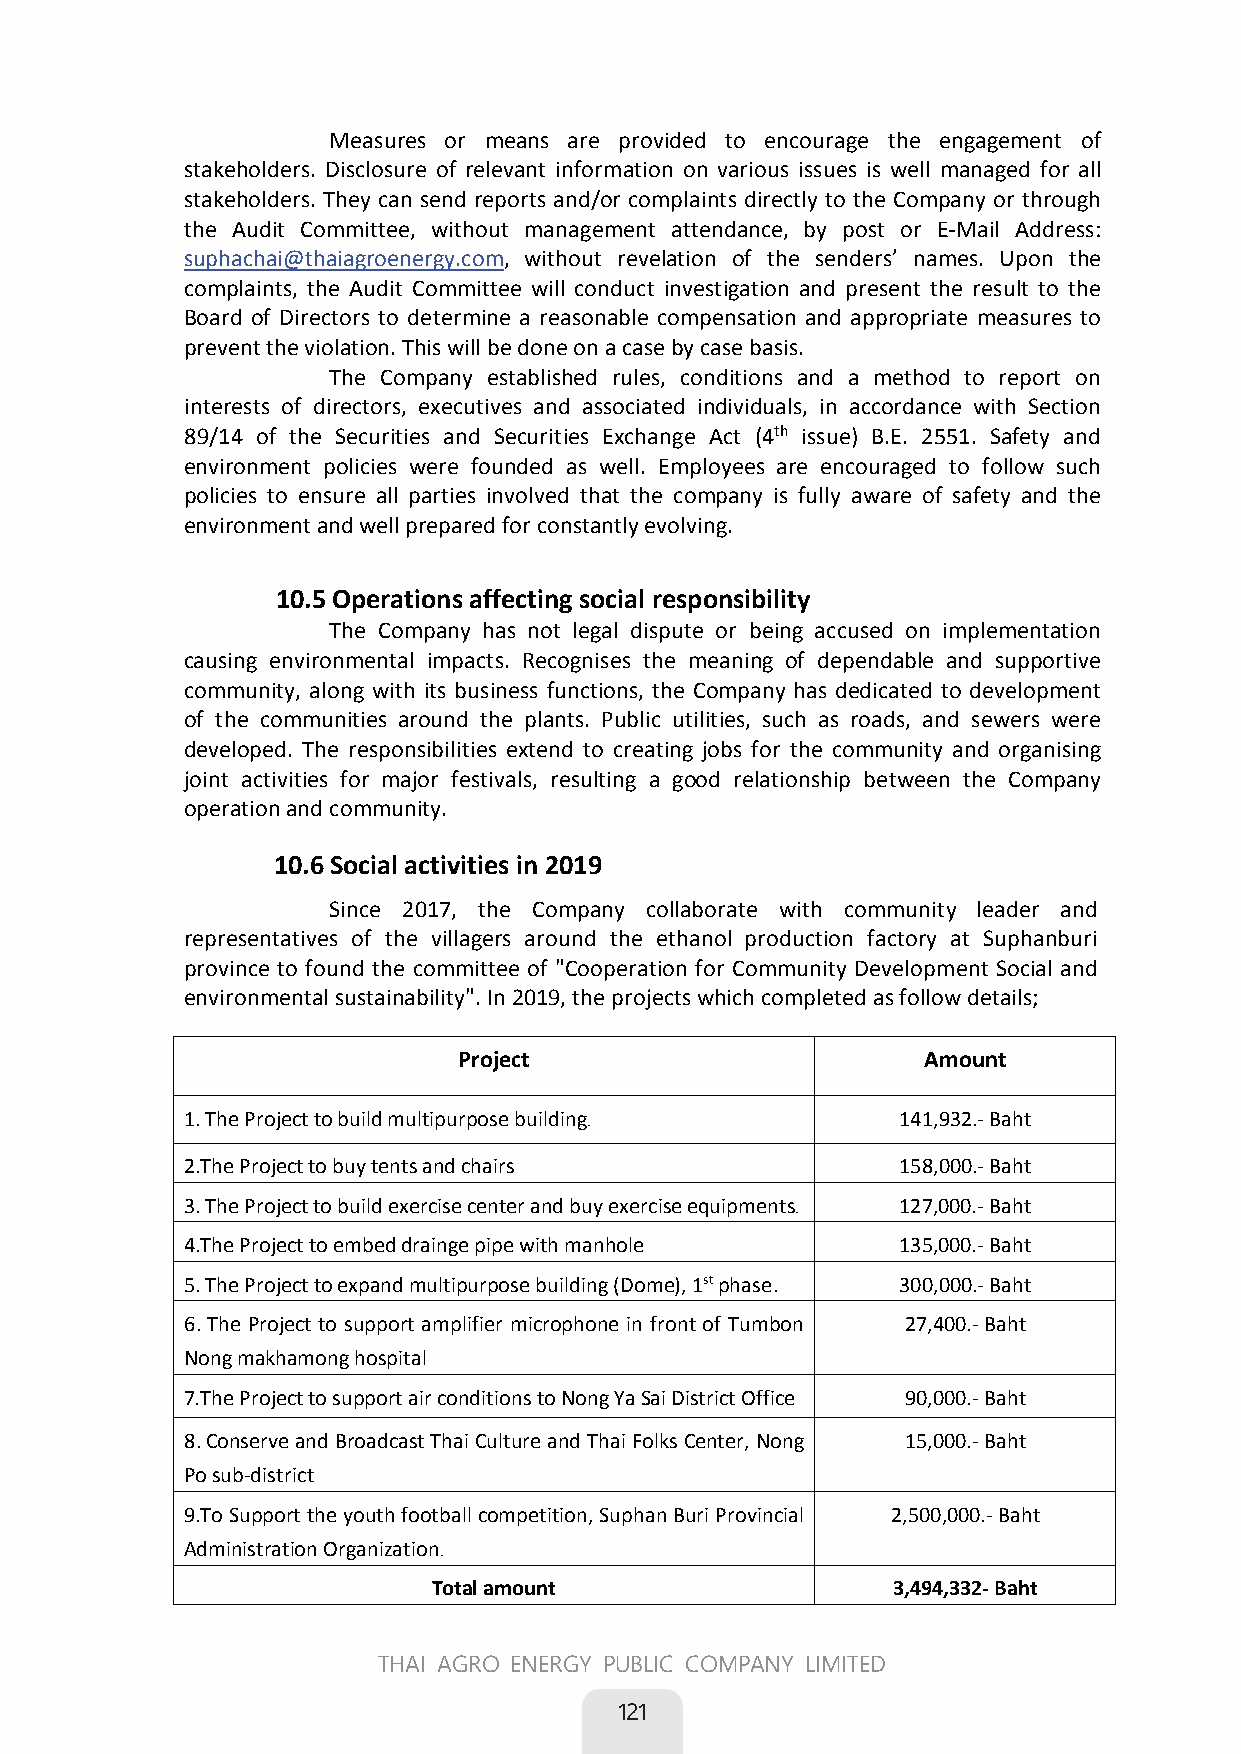
Measures or means are provided to encourage the engagement of
 stakeholders. Disclosure of relevant information on various issues is well managed for all
 stakeholders. They can send reports and/or complaints directly to the Company or through
 the Audit Committee, without management attendance, by post or E-Mail Address:
 suphachai@thaiagroenergy.com, without revelation of the senders’ names. Upon the
 complaints, the Audit Committee will conduct investigation and present the result to the
 Board of Directors to determine a reasonable compensation and appropriate measures to
 prevent the violation. This will be done on a case by case basis.
 The Company established rules, conditions and a method to report on
 interests of directors, executives and associated individuals, in accordance with Section
 89/14 of the Securities and Securities Exchange Act (4th issue) B.E. 2551. Safety and
 environment policies were founded as well. Employees are encouraged to follow such
 policies to ensure all parties involved that the company is fully aware of safety and the
 environment and well prepared for constantly evolving.
 10.5 Operations affecting social responsibility
 The Company has not legal dispute or being accused on implementation
 causing environmental impacts. Recognises the meaning of dependable and supportive
 community, along with its business functions, the Company has dedicated to development
 of the communities around the plants. Public utilities, such as roads, and sewers were
 developed. The responsibilities extend to creating jobs for the community and organising
 joint activities for major festivals, resulting a good relationship between the Company
 operation and community.
 10.6 Social activities in 2019
 Since 2017, the Company collaborate with community leader and
 representatives of the villagers around the ethanol production factory at Suphanburi
 province to found the committee of "Cooperation for Community Development Social and
 environmental sustainability". In 2019, the projects which completed as follow details;
 Project                        Amount
 1. The Project to build multipurpose building 141,932.- Baht
 2.The Project to buy tents and chairs          158,000.- Baht
 3. The Project to build exercise center and buy exercise equipments 127,000.- Baht
 4.The Project to embed drainge pipe with manhole 135,000.- Baht
 5. The Project to expand multipurpose building (Dome), 1st phase. 300,000.- Baht
 6.The Project to support amplifier microphone in front of Tumbon 27,400.- Baht
 Nong makhamong hospital
 7.The Project to support air conditions to Nong Ya Sai District Office  90,000.- Baht
 8.Conserve and Broadcast Thai Culture and Thai Folks Center, Nong 15,000.- Baht
 Po sub-district
 9.To Support the youth football competition, Suphan Buri Provincial 2,500,000.- Baht
 Administration Organization
 Total amount                  3,494,332- Baht
 83
 THAI AGRO ENERGY PUBLIC COMPANY LIMITED
 
 121